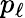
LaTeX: p_{\ell}